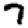
Digit: 7